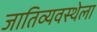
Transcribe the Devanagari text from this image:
जातिव्यवस्थेला